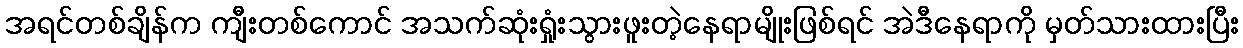
အရင်တစ်ချိန်က ကျီးတစ်ကောင် အသက်ဆုံးရှုံးသွားဖူးတဲ့နေရာမျိုးဖြစ်ရင် အဲဒီနေရာကို မှတ်သားထားပြီး